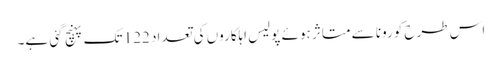
اس طرح کورونا سے متاثر ہوئے پولیس اہلکاروں کی تعداد 122 تک پہنچ گئی ہے۔